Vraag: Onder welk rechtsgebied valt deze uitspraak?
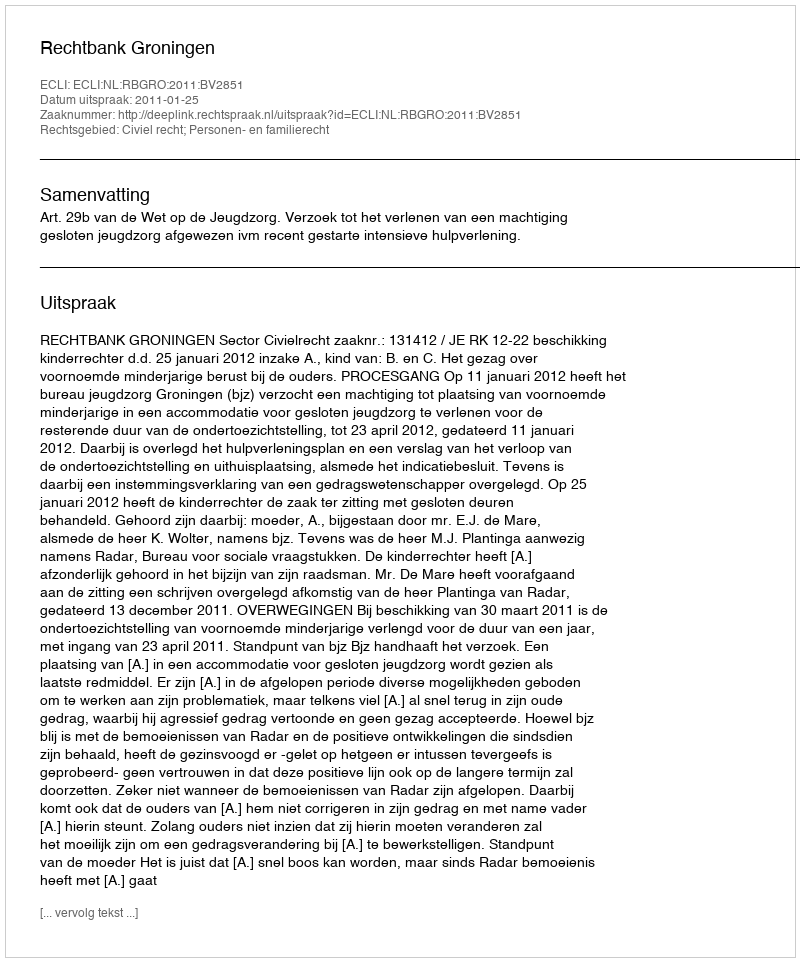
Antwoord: Civiel recht; Personen- en familierecht